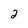
Character: 2